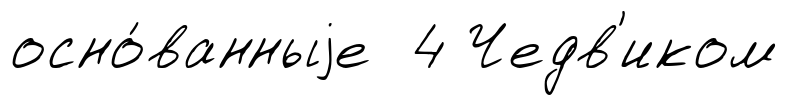
осно́ванныjе 4 Чедв'иком